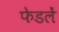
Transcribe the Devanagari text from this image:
फेडलें